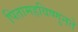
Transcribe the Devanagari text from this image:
पितामहविष्णुनते